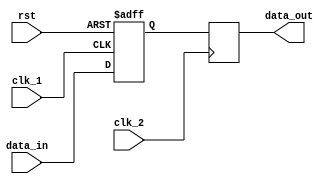
module multi_channel_synchronizer(
    input wire clk_1,
    input wire clk_2,
    input wire rst,
    input wire [7:0] data_in,
    output reg [7:0] data_out
);

reg [7:0] sync_data;

always @(posedge clk_1 or posedge rst) begin
    if (rst) begin
        sync_data <= 8'b0;
    end else begin
        sync_data <= data_in;
    end
end

always @(posedge clk_2) begin
    data_out <= sync_data;
end

endmodule